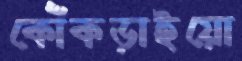
কোঁকড়াইয়ো